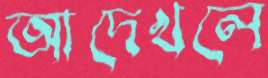
আদেখলে